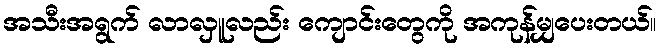
အသီးအရွက် လာလှူလည်း ကျောင်းတွေကို အကုန်မျှပေးတယ်။